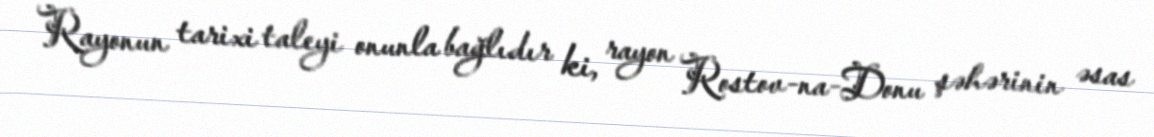
Rayonun tarixi taleyi onunla bağlıdır ki, rayon Rostov-na-Donu şəhərinin əsas